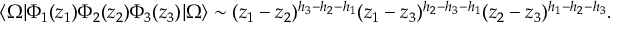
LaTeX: \langle \Omega | \Phi _ { 1 } ( z _ { 1 } ) \Phi _ { 2 } ( z _ { 2 } ) \Phi _ { 3 } ( z _ { 3 } ) | \Omega \rangle \sim ( z _ { 1 } - z _ { 2 } ) ^ { h _ { 3 } - h _ { 2 } - h _ { 1 } } ( z _ { 1 } - z _ { 3 } ) ^ { h _ { 2 } - h _ { 3 } - h _ { 1 } } ( z _ { 2 } - z _ { 3 } ) ^ { h _ { 1 } - h _ { 2 } - h _ { 3 } } .